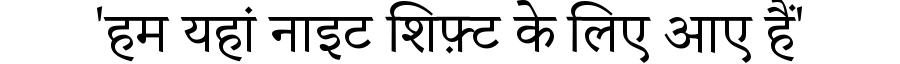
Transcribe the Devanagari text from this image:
'हम यहां नाइट शिफ़्ट के लिए आए हैं'